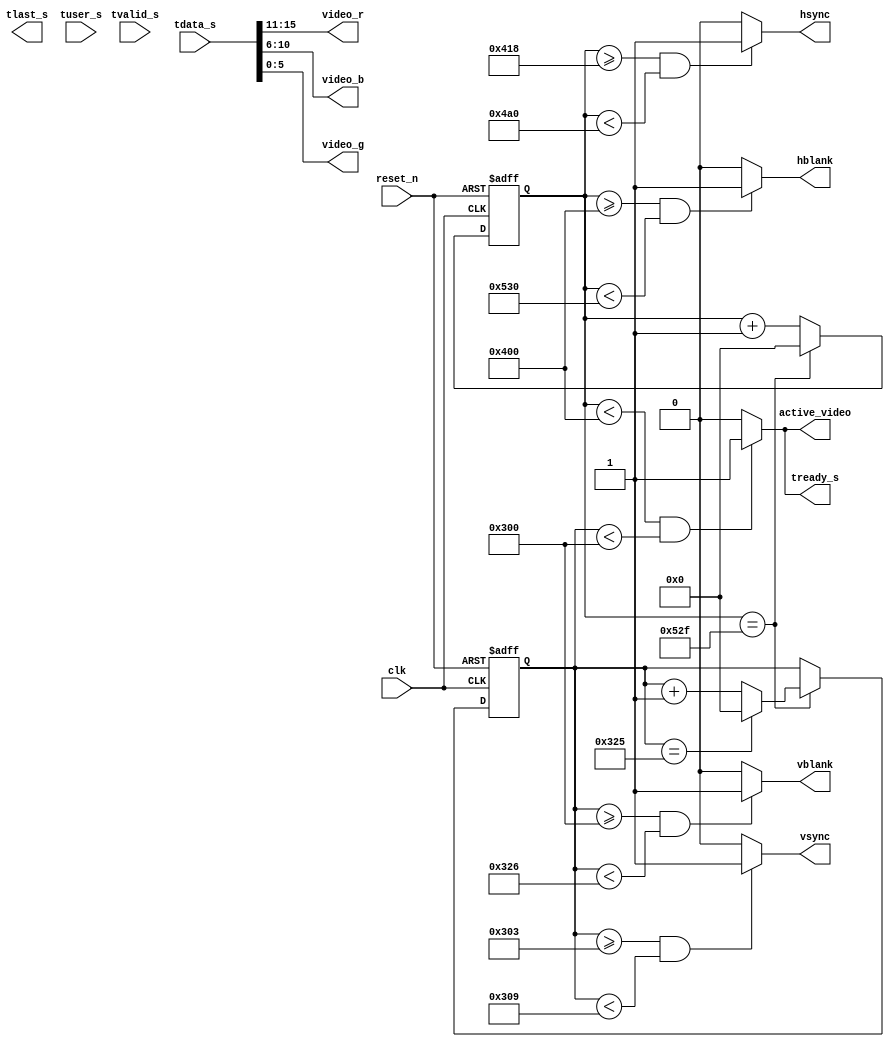
/*
    stream_2_video_out.v
    Video stream to Video Out, with Timing Generator and External FIFO
*/
module stream_2_video_out (
    input  wire clk,
    input  wire reset_n,

    // AXI-Stream video data input
    input  wire [15:0] tdata_s,
    output wire        tlast_s,
    input  wire        tuser_s,
    input  wire        tvalid_s,
    output reg         tready_s,

    // Video output
    output reg  [4:0]  video_r,
    output reg  [4:0]  video_b,
    output reg  [5:0]  video_g,
    output reg         hsync,
    output reg         vsync,
    output reg         hblank,
    output reg         vblank,
    output reg         active_video
);

    // Display paramerters
    localparam PIX_H_FPORCH = 24;
    localparam PIX_H_BPORCH = 144;
    localparam PIX_H_SYNC   = 136;
    localparam PIX_H_ACTIVE = 1024;
    localparam PIX_H_TOTAL  = 1328;

    localparam PIX_V_FPORCH = 3;
    localparam PIX_V_BPORCH = 29;
    localparam PIX_V_SYNC   = 6;
    localparam PIX_V_ACTIVE = 768;
    localparam PIX_V_TOTAL  = 806;

    // Derived timing parameters
    localparam HFPCH_START = PIX_H_ACTIVE;
    localparam HFPCH_END   = PIX_H_FPORCH + PIX_H_ACTIVE;
    localparam HSYNC_START = PIX_H_FPORCH + PIX_H_ACTIVE;
    localparam HSYNC_END   = PIX_H_FPORCH + PIX_H_ACTIVE + PIX_H_SYNC;
    localparam HBPCH_START = PIX_H_FPORCH + PIX_H_ACTIVE + PIX_H_SYNC;
    localparam HBPCH_END   = PIX_H_TOTAL;

    localparam VFPCH_START = PIX_V_ACTIVE;
    localparam VFPCH_END   = PIX_V_FPORCH + PIX_V_ACTIVE;
    localparam VSYNC_START = PIX_V_FPORCH + PIX_V_ACTIVE;
    localparam VSYNC_END   = PIX_V_FPORCH + PIX_V_ACTIVE + PIX_V_SYNC;
    localparam VBPCH_START = PIX_V_FPORCH + PIX_V_ACTIVE + PIX_V_SYNC;
    localparam VBPCH_END   = PIX_V_TOTAL;

    // Counter
    reg  [11:0] x, y;
    always @(posedge clk, negedge reset_n) begin
        if(!reset_n) begin
            x <= 0;
            y <= 0;
        end
        else begin
            if(x == PIX_H_TOTAL - 1) begin
                x <= 0;

                if(y == PIX_V_TOTAL - 1)
                    y <= 0;
                else
                    y <= y + 1;
            end
            else
                x <= x + 1;
        end
    end

    // Timing output
    always @(*) begin
        // Active video
        if((x < PIX_H_ACTIVE) && (y < PIX_V_ACTIVE))
            active_video = 1'b1;
        else
            active_video = 1'b0;

        // HSync
        if((x >= HSYNC_START) && (x < HSYNC_END))
            hsync = 1'b1;
        else
            hsync = 1'b0;

        // VSync
        if((y >= VSYNC_START) && (y < VSYNC_END))
            vsync = 1'b1;
        else
            vsync = 1'b0;

        // HBlank
        if((x >= PIX_H_ACTIVE) && (x < PIX_H_TOTAL))
            hblank = 1'b1;
        else
            hblank = 1'b0;

        // VBlank
        if((y >= PIX_V_ACTIVE) && (y < PIX_V_TOTAL))
            vblank = 1'b1;
        else
            vblank = 1'b0;

        video_g = tdata_s[5:0];
        video_b = tdata_s[10:6];
        video_r = tdata_s[15:11];

        tready_s = active_video;
    end
endmodule